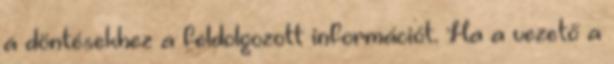
a döntésekhez a feldolgozott információt. Ha a vezető a